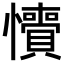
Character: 𢥎